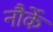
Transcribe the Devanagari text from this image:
नौर्के